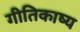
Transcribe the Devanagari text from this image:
गीतिकाष्य